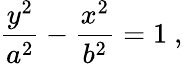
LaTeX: {\frac{y^{2}}{a^{2}}}-{\frac{x^{2}}{b^{2}}}=1\ ,